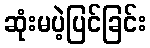
ဆုံးမပဲ့ပြင်ခြင်း